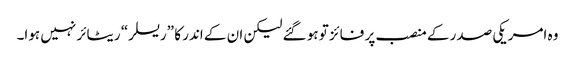
وہ امریکی صدر کے منصب پر فائز تو ہو گئے لیکن ان کے اندر کا ”ریسلر“ ریٹائر نہیں ہوا۔